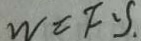
W = F \cdot S .